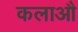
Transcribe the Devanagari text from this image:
कलाऔ